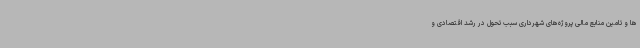
ها و تامین منابع مالی پروژه‌های شهرداری سبب تحول در رشد اقتصادی و